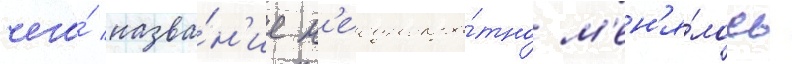
чего́ назва́н'ие н'еоднокра́тно м'ен'я́лось